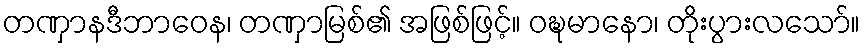
တဏှာနဒီဘာဝေန၊ တဏှာမြစ်၏ အဖြစ်ဖြင့်။ ဝဍ္ဎမာနော၊ တိုးပွားလသော်။